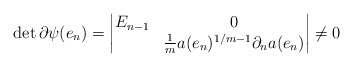
\begin{align*}\det\partial\psi(e_n)=\begin{vmatrix}E_{n-1}&0\\*&\frac1m a(e_n)^{1/m-1}\partial_n a(e_n)\end{vmatrix}\neq0\end{align*}